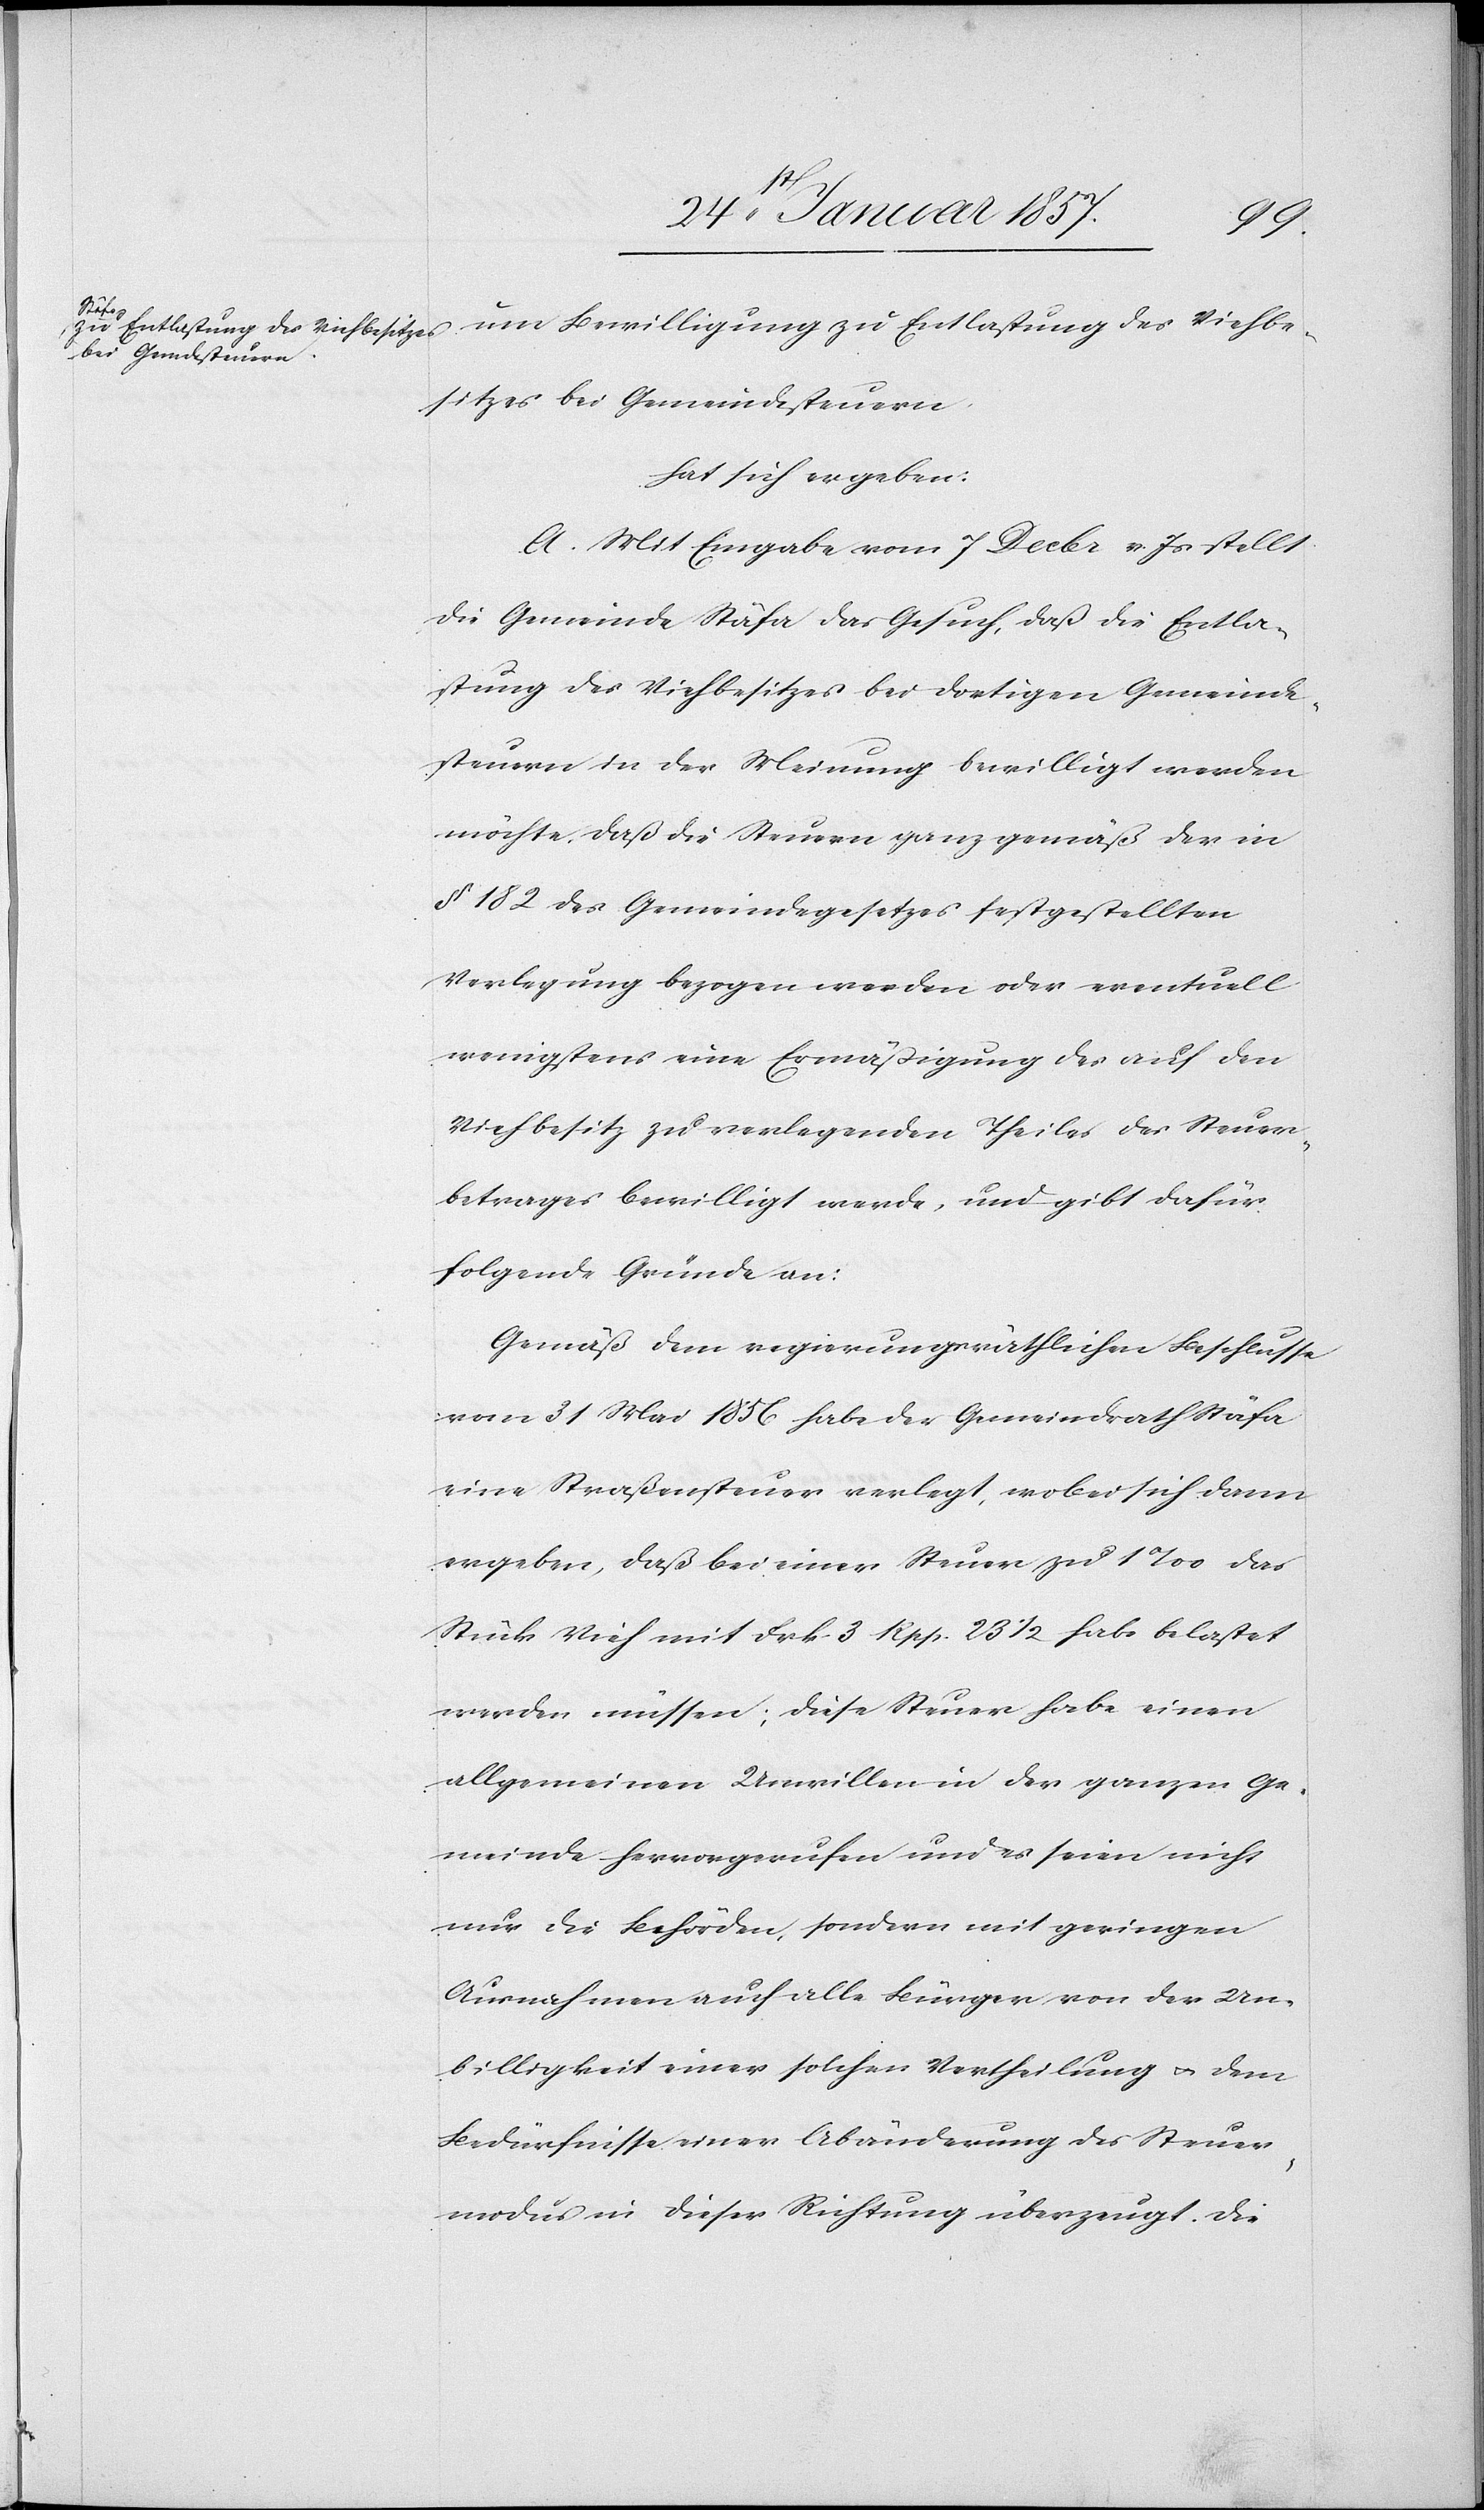
um Bewilligung zu Entlastung des Viehbe¬
sitzes bei Gemeindesteuern
hat sich ergeben:
A. Mit Eingabe vom 7 Decbr. v Js stellt
die Gemeinde Stäfa das Gesuch, daß die Entla¬
stung des Viehbesitzes bei dortigen Gemeinde¬
steuern in der Meinung bewilligt werden
möchte, daß die Steuern ganz gemäß der in
§ 182 des Gemeindegesetzes festgestellten
Verlegung bezogen werden oder eventuell
wenigstens eine Ermäßigung des auf den
Viehbesitz zu verlegenden Theiles des Steuer¬
betrages bewilligt werde, und gibt dafür
folgende Gründe an:
Gemäß dem regierungsräthlichen Beschlusse
vom 31 Mai 1856 habe der Gemeindrath Stäfa
eine Straßensteuer verlegt, wobei sich dann
ergeben, daß bei einer Steuer zu 1 ‰ das
Stück Vieh mit Frk 3 Rpp. 23 1/2 habe belastet
werden müssen; diese Steuer habe einen
allgemeinen Unwillen in der ganzen Ge¬
meinde hervorgerufen und es seien nicht
nur die Behörden, sondern mit geringen
Ausnahmen auch alle Bürger von der Un¬
billigkeit einer solchen Vertheilung & dem
Bedürfnisse einer Abänderung des Steuer¬
modus in dieser Richtung überzeugt. Die